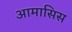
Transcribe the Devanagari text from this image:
आमासिस